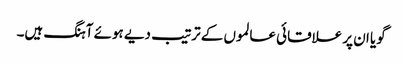
گویا ان پر علاقائی عالموں کے ترتیب دیے ہوئے آہنگ ہیں۔